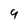
Character: 9